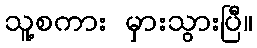
သူ့စကား မှားသွားပြီ။